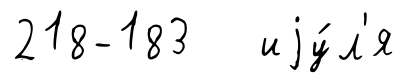
218-183 иjу́л'я